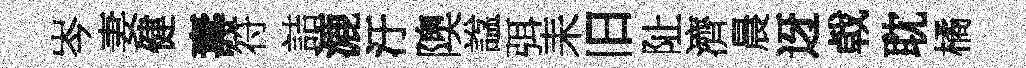
岑妻健夀符詰漉汙隩諡弭耒旧阯濟晨迓㦸耽橘